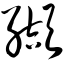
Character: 缬